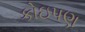
કોઇપણ